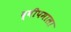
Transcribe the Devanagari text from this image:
द्वीपमाला